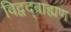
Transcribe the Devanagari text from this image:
विद्वद्ब्राह्मण